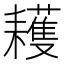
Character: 耯